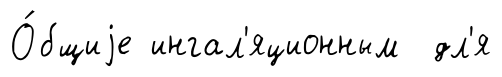
О́бщиjе ингал'яционным дл'я